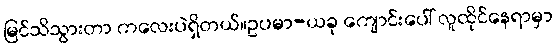
မြင်သိသွားတာ ကလေးပဲရှိတယ်။ဥပမာ-ယခု ကျောင်းပေါ် လူထိုင်နေရာမှာ